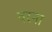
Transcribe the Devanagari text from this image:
वस्ना